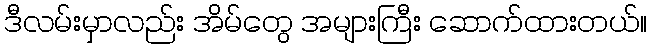
ဒီလမ်းမှာလည်း အိမ်တွေ အများကြီး ဆောက်ထားတယ်။